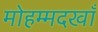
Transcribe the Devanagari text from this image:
मोहम्मदखाँ